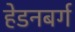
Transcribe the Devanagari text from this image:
हेडनबर्ग